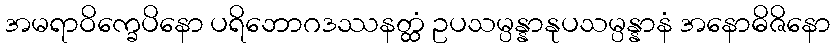
အမရာဝိက္ခေပိနော ပရိဘောဂဒဿနတ္ထံ ဥပသမ္ပန္နာနုပသမ္ပန္နာနံ အနောဓိဇိနော